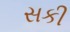
સકી